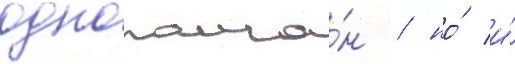
однополча́н / но́ и́